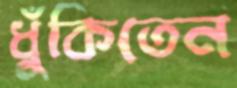
ধুঁকিতেন